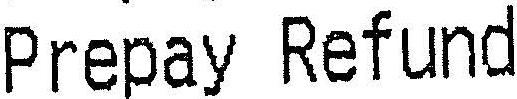
PREPAY REFUND